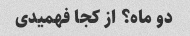
دو ماه؟ از کجا فهمیدی